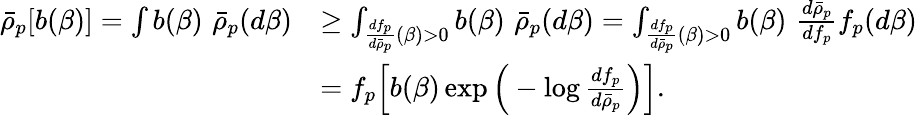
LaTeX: \begin{array}{rl}{\bar{\rho}_{p}[b(\beta)]=\int b(\beta)\, \, \bar{\rho}_{p}(d\beta)}&{\geq\int_{\frac{df_{p}}{d\bar{\rho}_{p}}(\beta)>0}b(\beta)\, \, \bar{\rho}_{p}(d\beta)=\int_{\frac{df_{p}}{d\bar{\rho}_{p}}(\beta)>0}b(\beta)\, \, \frac{d\bar{\rho}_{p}}{df_{p}}f_{p}(d\beta)}\\ &{=f_{p}\Big[b(\beta)\exp\Big(-\log\frac{df_{p}}{d\bar{\rho}_{p}}\Big)\Big].}\end{array}